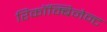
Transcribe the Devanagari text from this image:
रिकॉम्बिनेन्ट